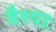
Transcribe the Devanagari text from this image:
वैश्याः